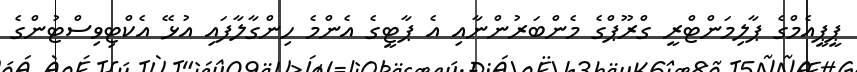
ޕީޕީއެމްގެ ޕާލިމަންޓްރީ ގްރޫޕްގެ މެންބަރުންނާއި އެ ޕާޓީގެ އެންމެ ހިންގާލާފައި އުޅޭ އެކްޓިވިސްޓުންގެ